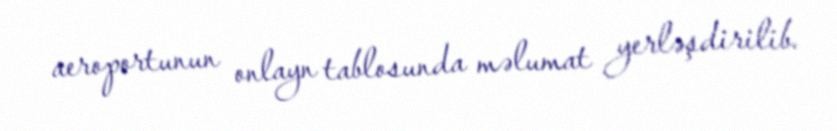
aeroportunun onlayn tablosunda məlumat yerləşdirilib.